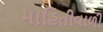
માહિતીવાળી